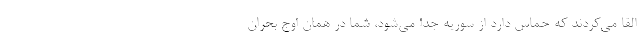
القا می‌کردند که حماس دارد از سوریه جدا می‌شود، شما در همان اوج بحران